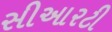
સીઆરટી